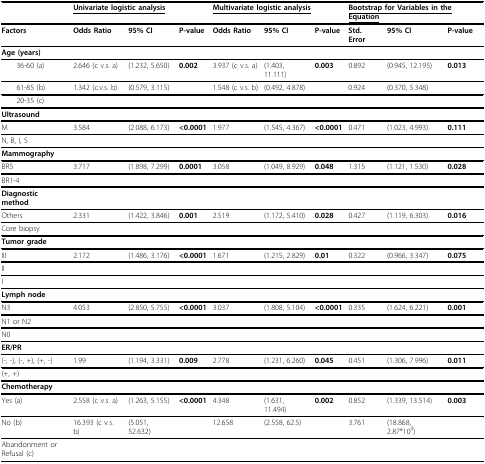
<table><thead><tr><td></td><td colspan="3"><b><underline>Univariate logistic analysis</underline></b></td><td colspan="3"><b><underline>Multivariate logistic analysis</underline></b></td><td colspan="3"><b><underline>Bootstrap for Variables in the Equation</underline></b></td></tr></thead><tbody><tr><td><b>Factors</b></td><td><b>Odds Ratio</b></td><td><b>95% CI</b></td><td><b>P-value</b></td><td><b>Odds Ratio</b></td><td><b>95% CI</b></td><td><b>P-value</b></td><td><b>Std. Error</b></td><td><b>95% CI</b></td><td><b>P-value</b></td></tr><tr><td><b>Age (years)</b></td><td></td><td></td><td></td><td></td><td></td><td></td><td></td><td></td><td></td></tr><tr><td> 36-60 (a)</td><td>2.646 (c v.s. a)</td><td>(1.232, 5.650)</td><td><b>0.002</b></td><td>3.937 (c v.s. a)</td><td>(1.403, 11.111)</td><td><b>0.003</b></td><td>0.892</td><td>(0.945, 12.195)</td><td><b>0.013</b></td></tr><tr><td> 61-85 (b)</td><td>1.342 (c.v.s. b)</td><td>(0.579, 3.115)</td><td></td><td>1.548 (c v.s. b)</td><td>(0.492, 4.878)</td><td></td><td>0.924</td><td>(0.370, 5.348)</td><td></td></tr><tr><td> 20-35 (c)</td><td></td><td></td><td></td><td></td><td></td><td></td><td></td><td></td><td></td></tr><tr><td><b>Ultrasound</b></td><td></td><td></td><td></td><td></td><td></td><td></td><td></td><td></td><td></td></tr><tr><td>M</td><td>3.584</td><td>(2.088, 6.173)</td><td><b>&lt;0.0001</b></td><td>1.977</td><td>(1.545, 4.367)</td><td><b>&lt;0.0001</b></td><td>0.471</td><td>(1.023, 4.993)</td><td><b>0.111</b></td></tr><tr><td>N, B, I, S</td><td></td><td></td><td></td><td></td><td></td><td></td><td></td><td></td><td></td></tr><tr><td><b>Mammography</b></td><td></td><td></td><td></td><td></td><td></td><td></td><td></td><td></td><td></td></tr><tr><td>BR5</td><td>3.717</td><td>(1.898, 7.299)</td><td><b>0.0001</b></td><td>3.058</td><td>(1.049, 8.929)</td><td><b>0.048</b></td><td>1.315</td><td>(1.121, 1.530)</td><td><b>0.028</b></td></tr><tr><td>BR1-4</td><td></td><td></td><td></td><td></td><td></td><td></td><td></td><td></td><td></td></tr><tr><td><b>Diagnostic method</b></td><td></td><td></td><td></td><td></td><td></td><td></td><td></td><td></td><td></td></tr><tr><td>Others</td><td>2.331</td><td>(1.422, 3.846)</td><td><b>0.001</b></td><td>2.519</td><td>(1.172, 5.410)</td><td><b>0.028</b></td><td>0.427</td><td>(1.119, 6.303)</td><td><b>0.016</b></td></tr><tr><td>Core biopsy</td><td></td><td></td><td></td><td></td><td></td><td></td><td></td><td></td><td></td></tr><tr><td><b>Tumor grade</b></td><td></td><td></td><td></td><td></td><td></td><td></td><td></td><td></td><td></td></tr><tr><td>III</td><td>2.172</td><td>(1.486, 3.176)</td><td><b>&lt;0.0001</b></td><td>1.671</td><td>(1.215, 2.829)</td><td><b>0.01</b></td><td>0.322</td><td>(0.966, 3.347)</td><td><b>0.075</b></td></tr><tr><td>II</td><td></td><td></td><td></td><td></td><td></td><td></td><td></td><td></td><td></td></tr><tr><td>I</td><td></td><td></td><td></td><td></td><td></td><td></td><td></td><td></td><td></td></tr><tr><td><b>Lymph node</b></td><td></td><td></td><td></td><td></td><td></td><td></td><td></td><td></td><td></td></tr><tr><td>N3</td><td>4.053</td><td>(2.850, 5.755)</td><td><b>&lt;0.0001</b></td><td>3.037</td><td>(1.808, 5.104)</td><td><b>&lt;0.0001</b></td><td>0.335</td><td>(1.624, 6.221)</td><td><b>0.001</b></td></tr><tr><td>N1 or N2</td><td></td><td></td><td></td><td></td><td></td><td></td><td></td><td></td><td></td></tr><tr><td>N0</td><td></td><td></td><td></td><td></td><td></td><td></td><td></td><td></td><td></td></tr><tr><td><b>ER/PR</b></td><td></td><td></td><td></td><td></td><td></td><td></td><td></td><td></td><td></td></tr><tr><td>(-, -), (-, +), (+, -)</td><td>1.99</td><td>(1.194, 3.331)</td><td><b>0.009</b></td><td>2.778</td><td>(1.231, 6.260)</td><td><b>0.045</b></td><td>0.451</td><td>(1.306, 7.996)</td><td><b>0.011</b></td></tr><tr><td>(+, +)</td><td></td><td></td><td></td><td></td><td></td><td></td><td></td><td></td><td></td></tr><tr><td><b>Chemotherapy</b></td><td></td><td></td><td></td><td></td><td></td><td></td><td></td><td></td><td></td></tr><tr><td>Yes (a)</td><td>2.558 (c v.s. a)</td><td>(1.263, 5.155)</td><td><b>&lt;0.0001</b></td><td>4.348</td><td>(1.631, 11.494)</td><td><b>0.002</b></td><td>0.852</td><td>(1.339, 13.514)</td><td><b>0.003</b></td></tr><tr><td>No (b)</td><td>16.393 (c v.s. b)</td><td>(5.051, 52.632)</td><td></td><td>12.658</td><td>(2.558, 62.5)</td><td></td><td>3.761</td><td>(18.868, 2.87*10<sup>9</sup>)</td><td></td></tr><tr><td>Abandonment or Refusal (c)</td><td></td><td></td><td></td><td></td><td></td><td></td><td></td><td></td><td></td></tr></tbody></table>